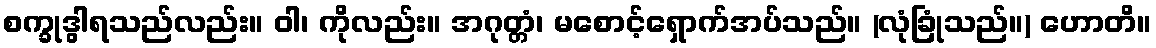
စက္ခုဒွါရသည်လည်း။ ဝါ၊ ကိုလည်း။ အဂုတ္တံ၊ မစောင့်ရှောက်အပ်သည်။ (လုံခြုံသည်။) ဟောတိ။